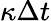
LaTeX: \kappa\Delta t